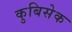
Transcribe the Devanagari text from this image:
कुबिसेक